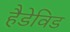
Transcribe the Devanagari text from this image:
हैडेविड